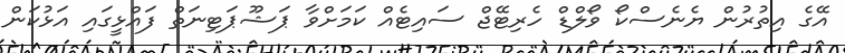
އޭގެ އިތުރުން ޔެނެސްކޯ ވޯލްޑް ހެރިޓޭޖް ސައިޓެއް ކަމަށްވާ ޕަޝޫޕަޓިނަތް ފައްޅީގައި އަޅުކަން